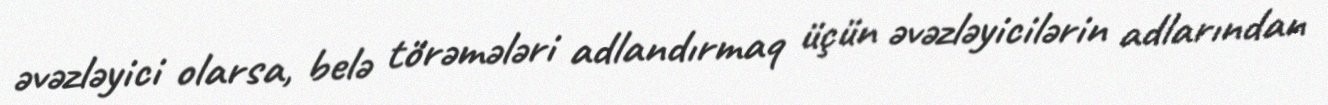
əvəzləyici olarsa, belə törəmələri adlandırmaq üçün əvəzləyicilərin adlarından